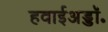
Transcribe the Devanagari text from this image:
हवाईअड्डॉ॰